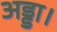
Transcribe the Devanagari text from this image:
अड्डा।